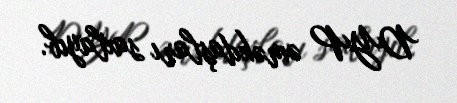
DYP əməkdaşları saxlayıb.